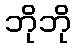
ဘိုဘို